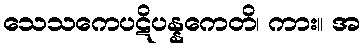
သေသကေပဋိပန္နကေတိ၊ ကား။ အ